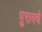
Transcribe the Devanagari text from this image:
पुरायचे